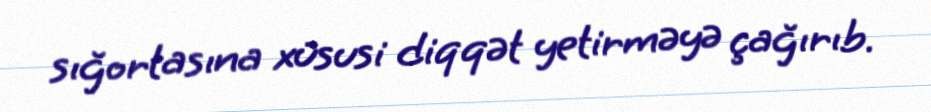
sığortasına xüsusi diqqət yetirməyə çağırıb.